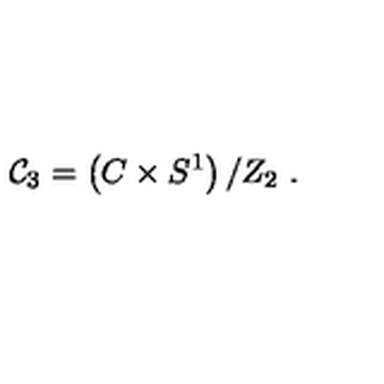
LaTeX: { \cal C } _ { 3 } = \left( C \times S ^ { 1 } \right) / Z _ { 2 } \ .